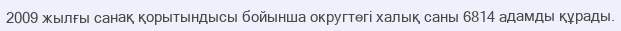
2009 жылғы санақ қорытындысы бойынша округтегі халық саны 6814 адамды құрады.